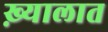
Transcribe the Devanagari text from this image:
ख़्यालात